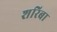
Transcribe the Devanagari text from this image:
शरिबा